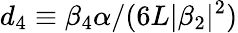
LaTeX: d_{4}\equiv\beta_{4}\alpha/(6L|\beta_{2}|^{2})